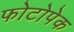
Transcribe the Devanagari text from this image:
फोटोपेक